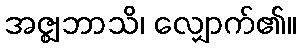
အဇ္ဈဘာသိ၊ လျှောက်၏။